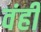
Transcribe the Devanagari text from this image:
वंही